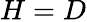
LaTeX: H=D